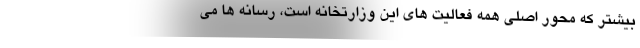
بیشتر که محور اصلی همه فعالیت های این وزارتخانه است، رسانه ها می